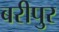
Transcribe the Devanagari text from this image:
बरीपुर